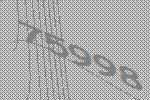
75998